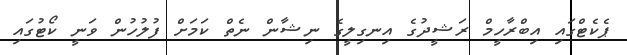
ޕެކެޓްގައި އިބްރާހީމް ރަޝީދުގެ އިނގިލީގެ ނިޝާން ނެތް ކަމަށް ފުލުހުން ވަނީ ކޯޓުގައި